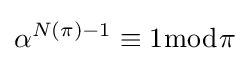
\alpha ^{N(\pi )-1}\equiv 1{\bmod {\pi }}